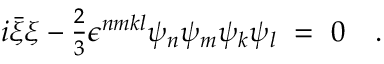
i \bar { \xi } \xi - { \textstyle { \frac 2 3 } } \epsilon ^ { n m k l } \psi _ { n } \psi _ { m } \psi _ { k } \psi _ { l } \ = \ 0 \quad .